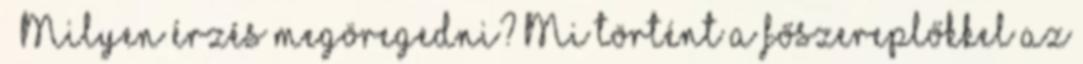
– Milyen érzés megöregedni? Mi történt a főszereplőkkel az